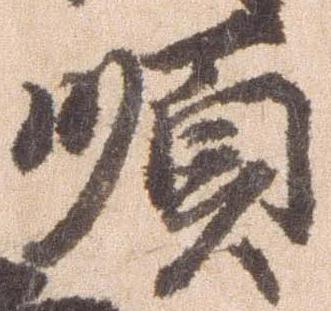
順